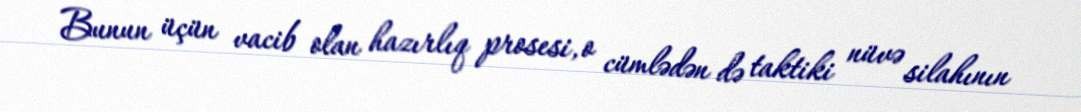
Bunun üçün vacib olan hazırlıq prosesi, o cümlədən də taktiki nüvə silahının